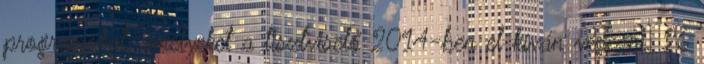
programokat, amelyeket a tisztviselő 2014-ben el kíván végezni. 26